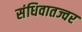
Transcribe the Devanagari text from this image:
संधिवातज्वर